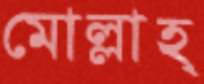
মোল্লাহ্